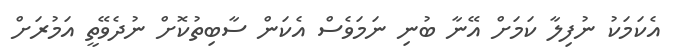
އެކަމަކު ނުފިލާ ކަމަށް އޭނާ ބުނި ނަމަވެސް އެކަން ސާބިތުކޮށް ނުދެވޭތީ އަމުރަށް